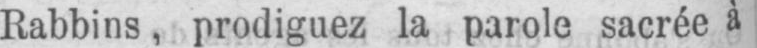
Rabbins, prodiguez la parole sacrée à